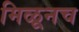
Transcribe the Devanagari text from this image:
मिळूनच